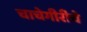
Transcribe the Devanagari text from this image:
चाचेगीरीचे